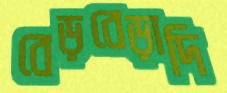
বেড়বেড়াদি